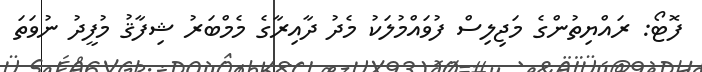
ފޮޓޯ: ރައްޔިތުންގެ މަޖިލިސް ފުވައްމުލަކު މެދު ދާއިރާގެ މެމްބަރު ޝިފާޤު މުފީދު ނުވަތަ